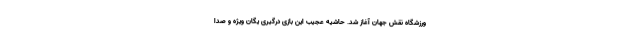
ورزشگاه نقش جهان آغاز شد. حاشیه عجیب این بازی درگیری یگان ویژه و صدا